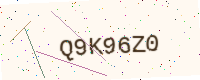
Text: Q9K96Z0